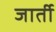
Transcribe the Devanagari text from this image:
जार्ती